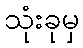
သုံးခုမှ